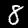
Label: 8